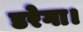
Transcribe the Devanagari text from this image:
डरेगा।